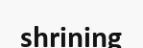
shrining